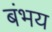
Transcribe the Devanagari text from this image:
बंभय